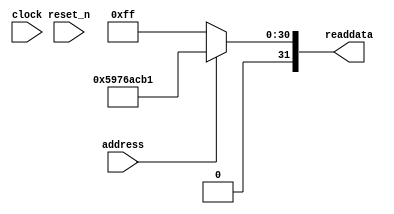
module soc_design_SystemID (
               // inputs:
                address,
                clock,
                reset_n,

               // outputs:
                readdata
             )
;

  output  [ 31: 0] readdata;
  input            address;
  input            clock;
  input            reset_n;

  wire    [ 31: 0] readdata;
  //control_slave, which is an e_avalon_slave
  assign readdata = address ? 1500949681 : 255;

endmodule